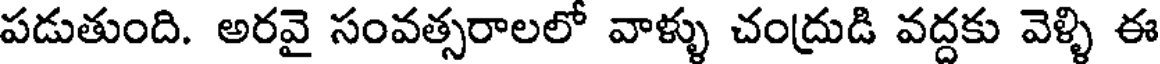
పడుతుంది. అరవై సంవత్సరాలలో వాళ్ళు చంద్రుడి వద్దకు వెళ్ళి ఈ